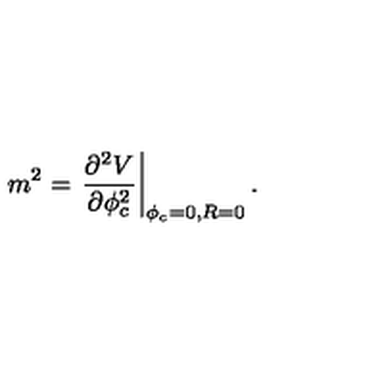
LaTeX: m ^ { 2 } = \left. \frac { \partial ^ { 2 } V } { \partial \phi _ { c } ^ { 2 } } \right| _ { \phi _ { c } = 0 , R = 0 } .